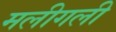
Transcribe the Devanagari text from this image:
मलीगली